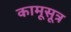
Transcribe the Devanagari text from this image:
कामूसूत्र